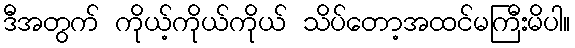
ဒီအတွက် ကိုယ့်ကိုယ်ကိုယ် သိပ်တော့အထင်မကြီးမိပါ။